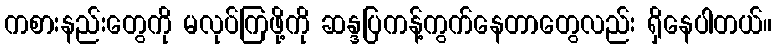
ကစားနည်းတွေကို မလုပ်ကြဖို့ကို ဆန္ဒပြကန့်ကွက်နေတာတွေလည်း ရှိနေပါတယ်။